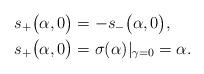
LaTeX: \begin{align*} &s_{+}\big(\alpha,0\big) = - s_{-}\big(\alpha,0\big),\\ &s_{+}\big(\alpha,0\big) = \sigma(\alpha)|_{\gamma=0} =\alpha. \end{align*}